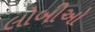
લોબીઓ